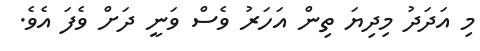
މި އަދަދު މިދިޔަ ތިން އަހަރު ވެސް ވަނީ ދަށް ވެފަ އެވެ.